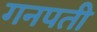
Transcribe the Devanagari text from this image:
गनपती